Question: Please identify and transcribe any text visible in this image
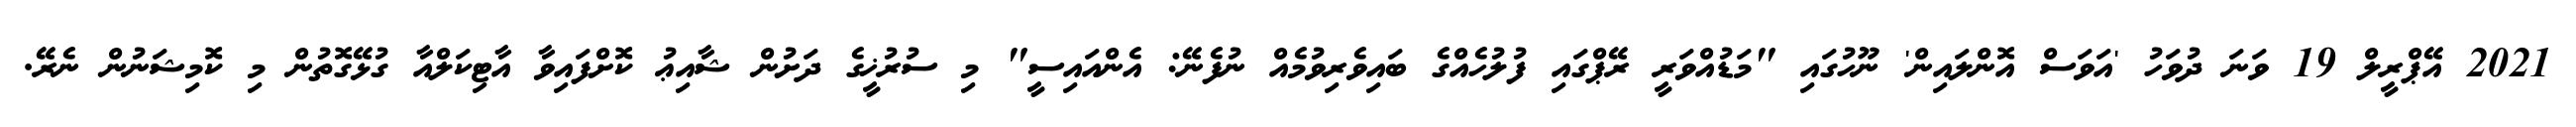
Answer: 2021 އޭޕްރީލް 19 ވަނަ ދުވަހު 'އަވަސް އޮންލައިން' ނޫހުގައި "މަޑުއްވަރީ ރޭޕްގައި ފުލުހެއްގެ ބައިވެރިވުމެއް ނުފެނޭ: އެންއައިސީ" މި ސުރުޚީގެ ދަށުން ޝާއިޢު ކޮށްފައިވާ އާޓިކަލްއާ ގުޅޭގޮތުން މި ކޮމިޝަނުން ނެރޭ.